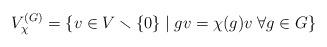
LaTeX: \begin{align*}V^{(G)}_\chi = \{ v\in V\smallsetminus \{0\} \;|\; gv = \chi(g)v \;\forall g\in G \}\end{align*}